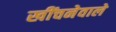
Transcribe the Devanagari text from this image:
खींचनेवाले